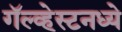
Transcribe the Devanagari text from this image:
गॅल्व्हेस्टनध्ये